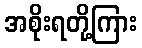
အစိုးရတို့ကြား